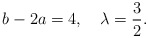
\begin{align*}b-2a =4, \quad \lambda =\frac{3}{2}.\end{align*}